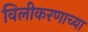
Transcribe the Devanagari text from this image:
विलीकरणाच्या